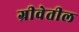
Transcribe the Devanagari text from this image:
ग्रीवेतील